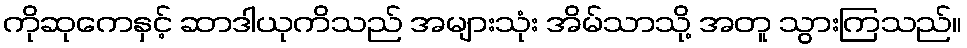
ကိုဆုကေနှင့် ဆာဒါယုကိသည် အများသုံး အိမ်သာသို့ အတူ သွားကြသည်။